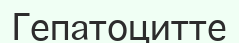
Гепатоцитте